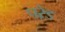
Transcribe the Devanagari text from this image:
परे़ड